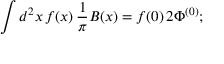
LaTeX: \int d ^ { 2 } x \, f ( x ) \, { \frac { 1 } { \pi } } B ( x ) = f ( 0 ) \, 2 \Phi ^ { ( 0 ) } ;